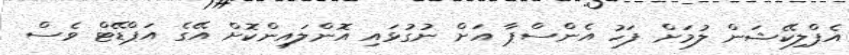
އެޕްލިކޭޝަން ލުމަށް ފަހު އެންސްޕާ އަށް ނުގުޅައި އޮންލައިންކޮށް އޭގެ އަޕްޑޭޓް ވެސް